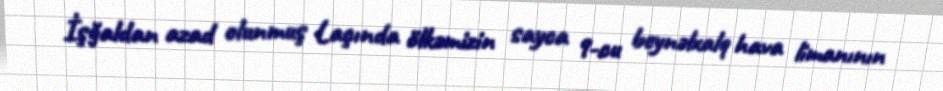
İşğaldan azad olunmuş Laçında ölkəmizin sayca 9-cu beynəlxalq hava limanının